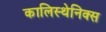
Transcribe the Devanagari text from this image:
कालिस्थेनिक्स